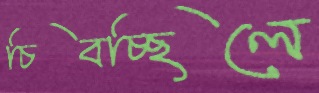
চিবচ্ছিলে